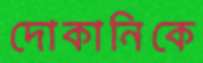
দোকানিকে